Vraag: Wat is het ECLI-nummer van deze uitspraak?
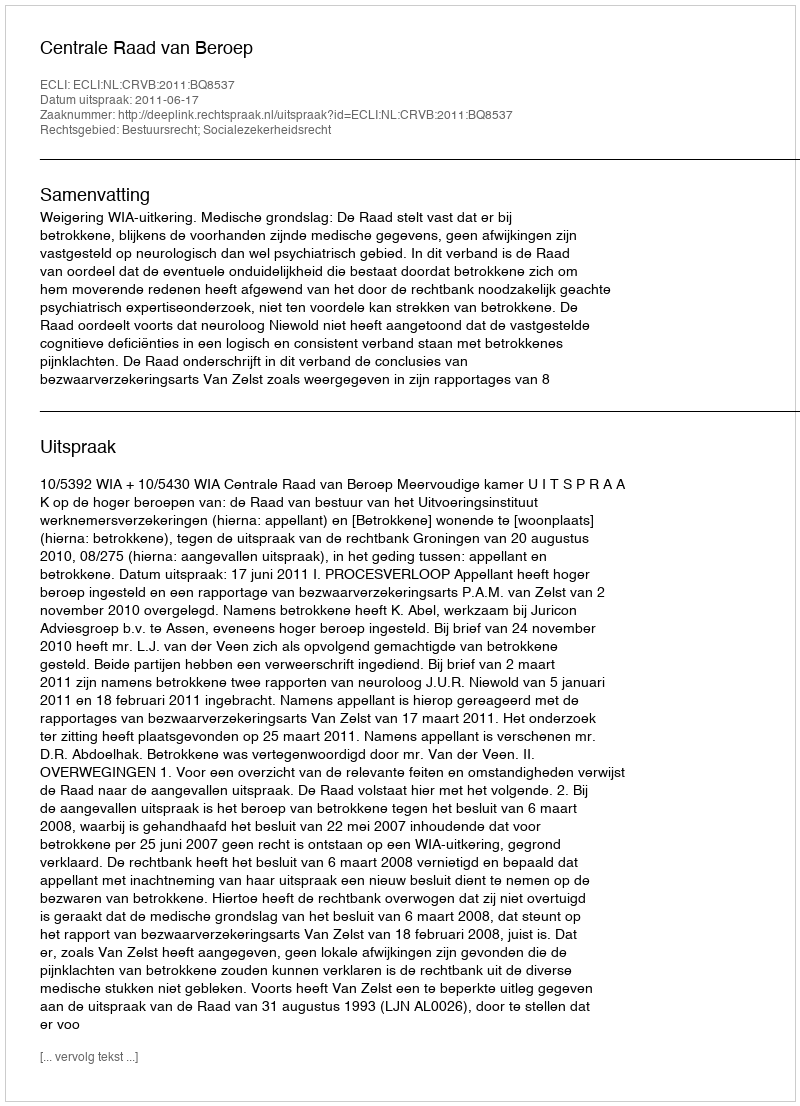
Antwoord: ECLI:NL:CRVB:2011:BQ8537